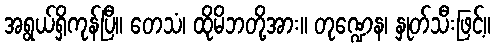
အရွယ်ရှိကုန်ပြီ။ တေသံ၊ ထိုမိဘတို့အား။ တုဏ္ဍေန၊ နှုတ်သီးဖြင့်။